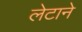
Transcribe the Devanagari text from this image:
लेटाने